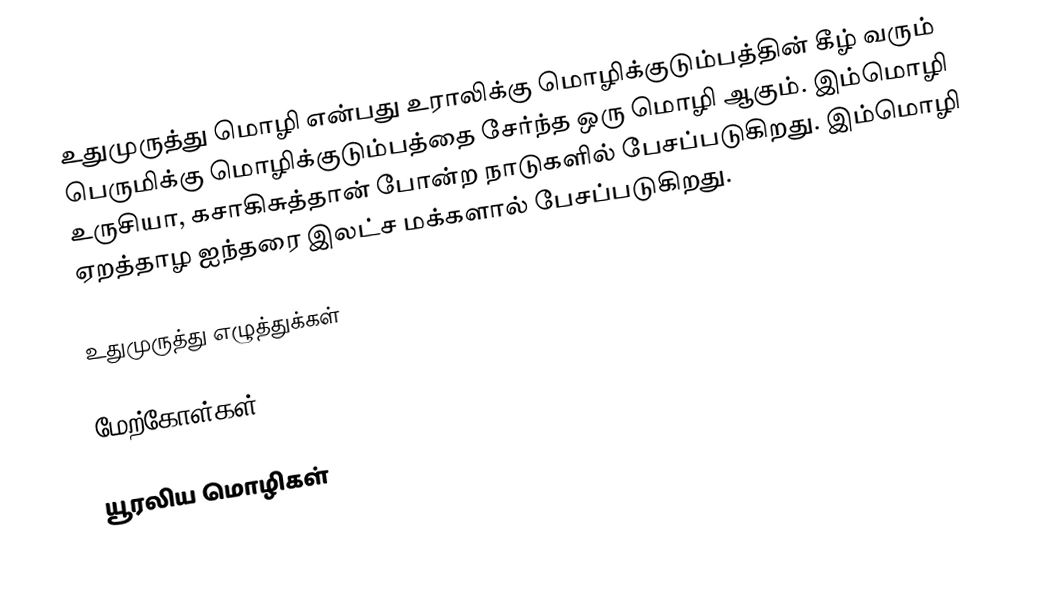
உதுமுருத்து மொழி என்பது உராலிக்கு மொழிக்குடும்பத்தின் கீழ் வரும் பெருமிக்கு மொழிக்குடும்பத்தை சேர்ந்த ஒரு மொழி ஆகும். இம்மொழி உருசியா, கசாகிசுத்தான் போன்ற நாடுகளில் பேசப்படுகிறது. இம்மொழி ஏறத்தாழ ஐந்தரை இலட்ச மக்களால் பேசப்படுகிறது.

உதுமுருத்து எழுத்துக்கள்

மேற்கோள்கள்

யூரலிய மொழிகள்